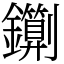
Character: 䥷